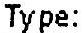
TYPE: